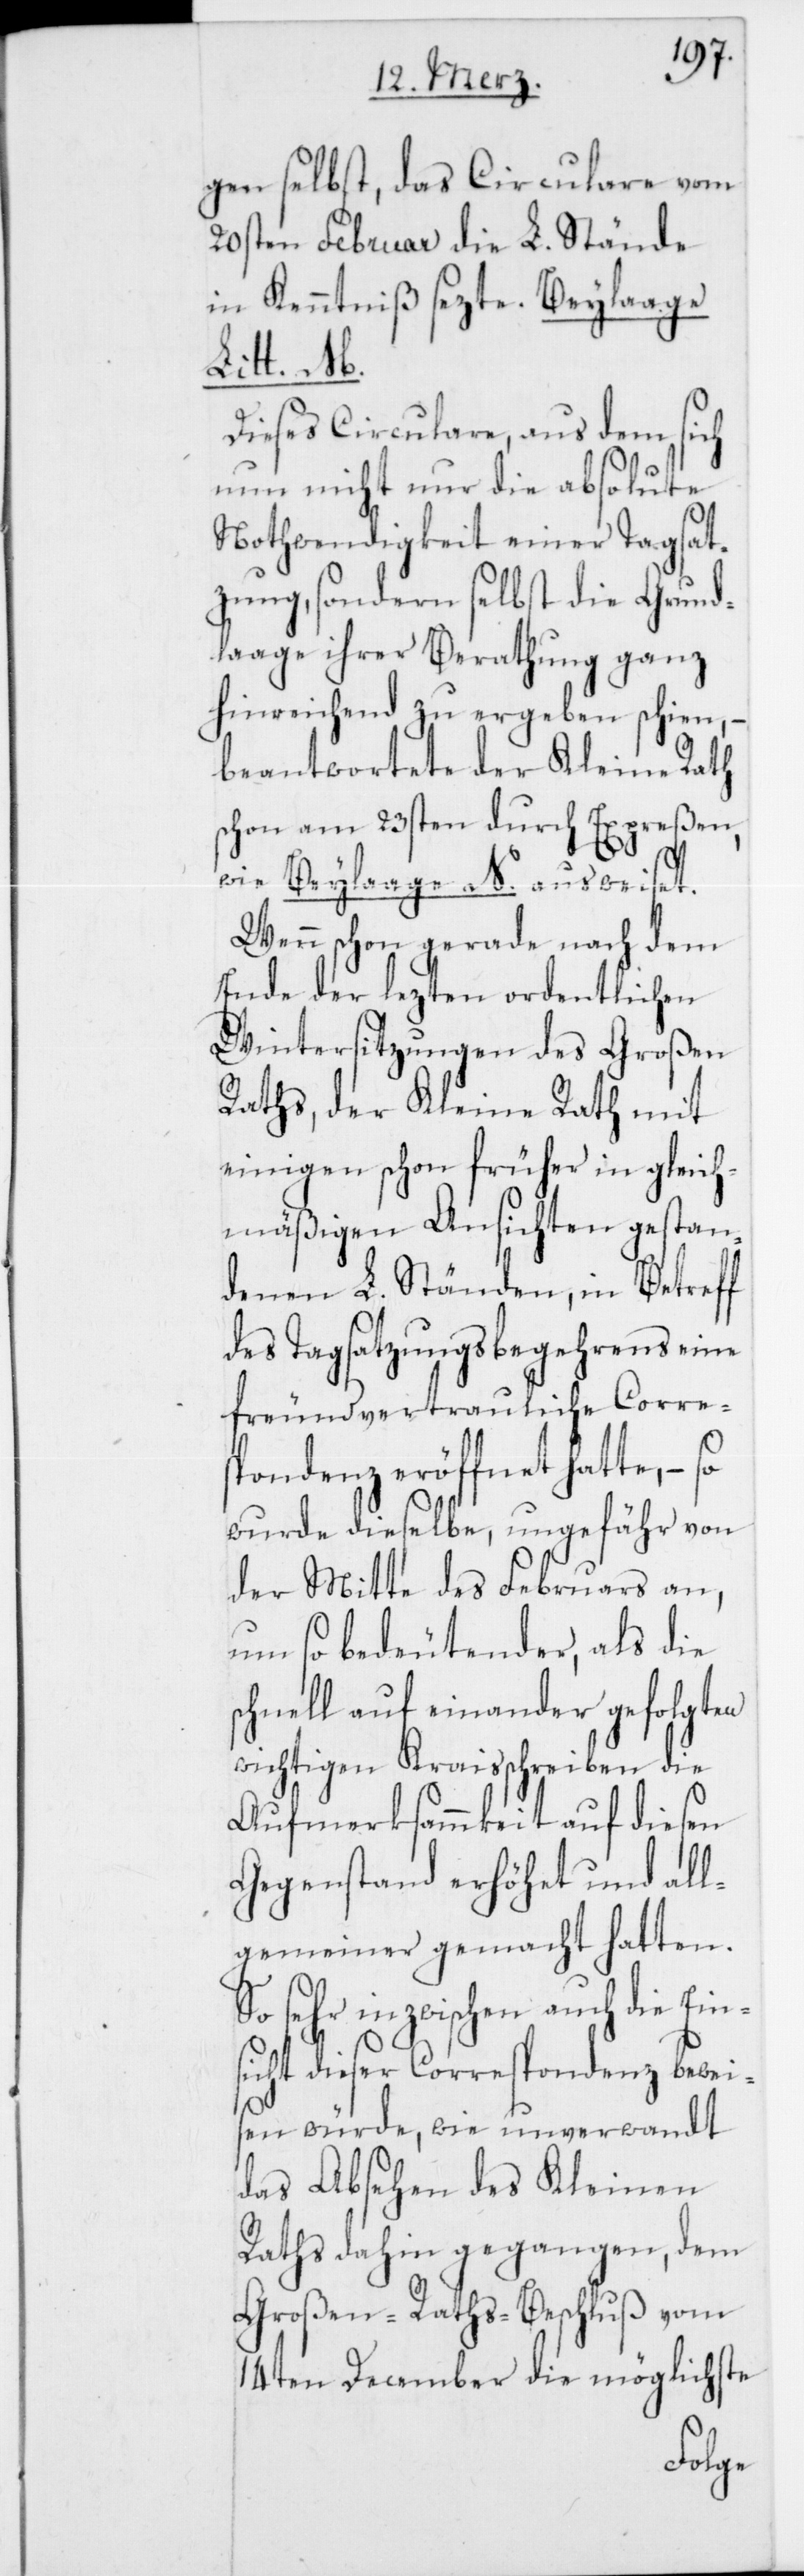
gen selbst, das Circulare vom
20sten Februar die L. Stände
in Kenntniß sezte. Beylaage
Litt. M.
Dieses Circulare, aus dem sich
nun nicht nur die absolute
Nothwendigkeit einer Tagsat¬
zung, sondern selbst die Grund¬
laage ihrer Berathung ganz
hinreichend zu ergeben schien, –
beantwortete der Kleine Rath
schon am 23sten durch Expreßen,
wie Beylaage N. ausweiset.
Wenn schon gerade nach dem
Ende der lezten ordentlichen
Wintersitzungen des Großen
Raths, der Kleine Rath mit
einigen schon früher in gleich¬
mäßigen Ansichten gestan¬
denen L. Ständen, in Betreff
des Tagsatzungsbegehrens eine
freundvertrauliche Corre¬
spondenz eröffnet hatte, – so
wurde dieselbe, ungefähr von
der Mitte des Februars an,
um so bedeutender, als die
schnell auf einander gefolgten
wichtigen Kraisschreiben die
Aufmerksammkeit auf diesen
Gegenstand erhöhet und all¬
gemeiner gemacht hatten.
So sehr inzwischen auch die Ein¬
sicht dieser Corespondenz bewei¬
sen würde, wie unverwandt
das Absehen des Kleinen
Raths dahin gegangen, dem
Großen-Raths-Beschluß vom
14ten December die möglichste